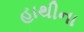
હાથીના